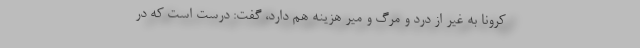
کرونا به غیر از درد و مرگ و میر هزینه هم دارد، گفت: درست است که در